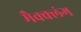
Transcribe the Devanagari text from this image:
मैक्क्लंग